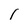
Character: l